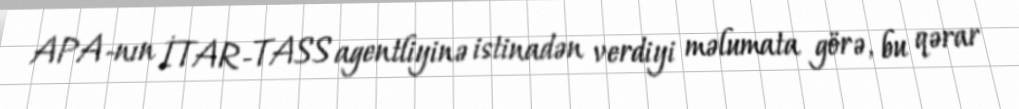
APA-nın İTAR-TASS agentliyinə istinadən verdiyi məlumata görə, bu qərar